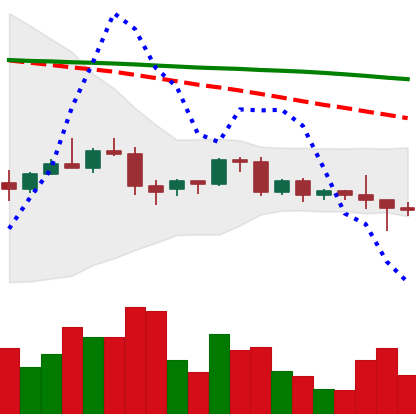
Ticker: BNB-USD
Chart end date: 2022-06-08
Forward return: -22.906%
Label: down_7plus